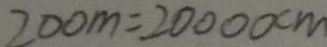
2 0 0 m = 2 0 0 0 0 c m